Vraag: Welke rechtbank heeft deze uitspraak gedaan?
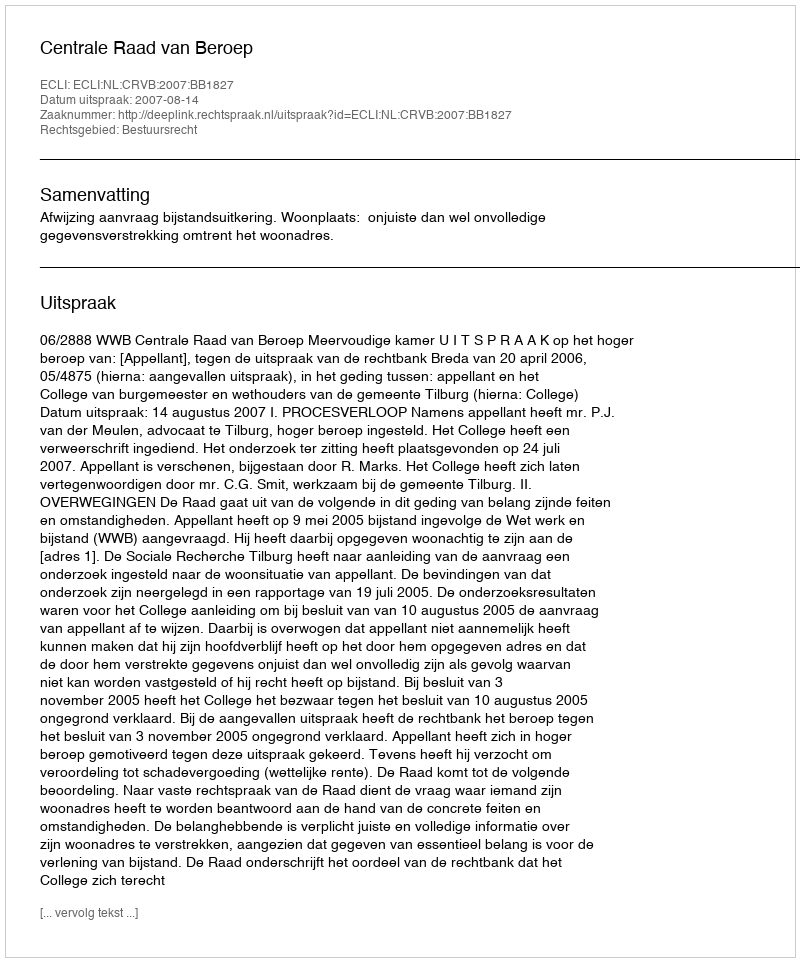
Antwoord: Centrale Raad van Beroep